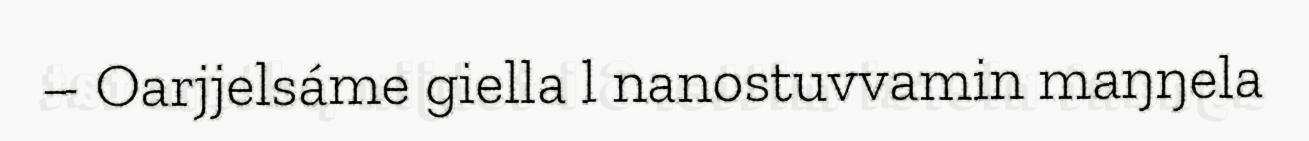
– Oarjjelsáme giella l nanostuvvamin maŋŋela